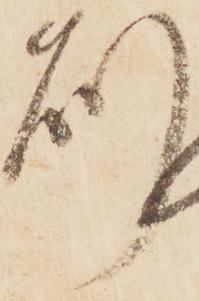
則